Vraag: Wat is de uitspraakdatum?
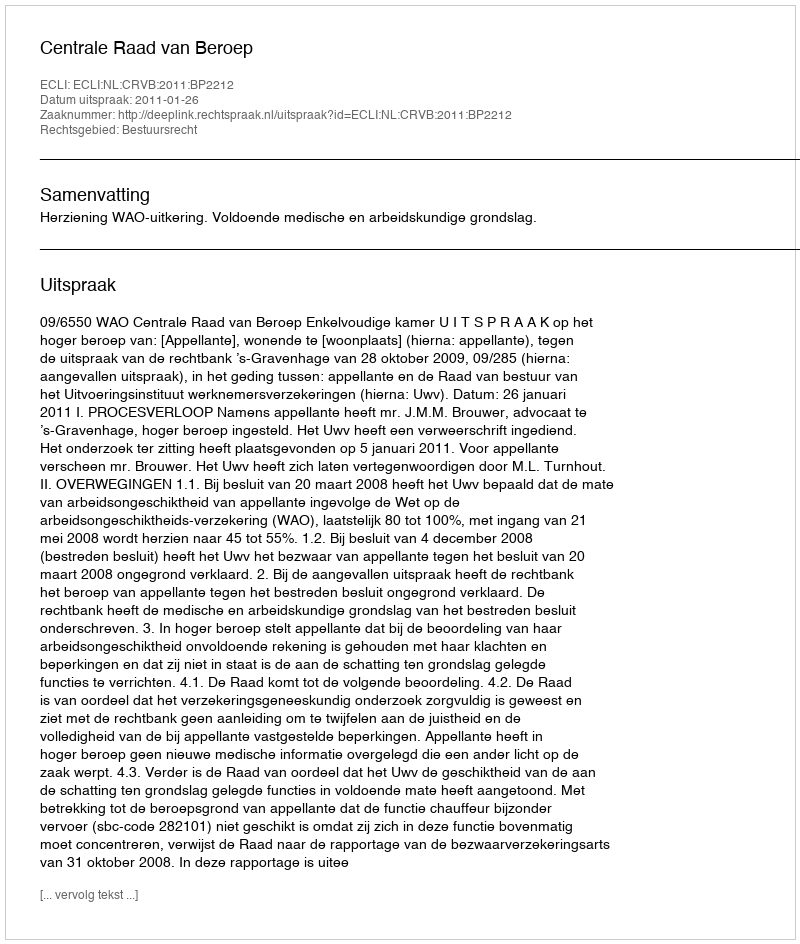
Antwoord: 2011-01-26